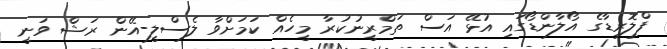
ފްލޮރިޑާގެ އޯލާންޑޯގައި އުޅޭ އަސް ތަމްރީނުކުރާ މީހެއް ކަމަށްވާ ލެސްލީ-އޭން ރަޝް ވަނީ